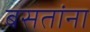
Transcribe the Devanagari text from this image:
बसतांना